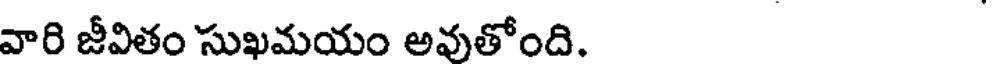
వారి జీవితం సుఖమయం అవుతోంది.